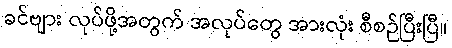
ခင်ဗျား လုပ်ဖို့အတွက် အလုပ်တွေ အားလုံး စီစဉ်ပြီးပြီ။